Lunatic asylums Punjab 1911-1921 - 1911-1921
Year: 1911
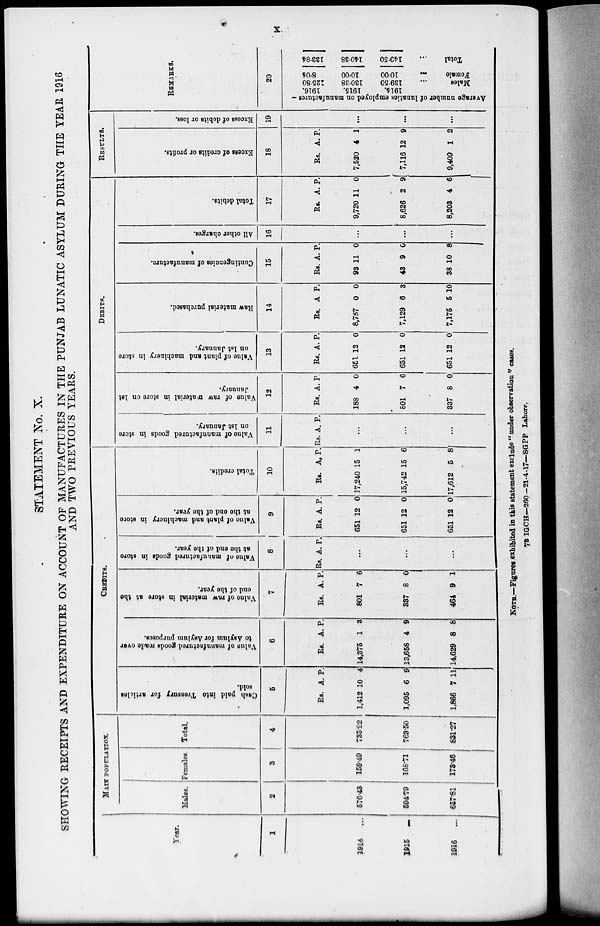
x
STATEMENT No. X.
SHOWING RECEIPTS AND EXPENDITURE ON ACCOUNT OF MANUFACTURES IN THE PUNJAB LUNATIC ASYLUM DURING THE YEAR 1916
AND TWO PREVIOUS YEARS.
Year.
1
1914
...
1915 ...
1916 ...
MAIN POPULATION.
Males.
2
576.43
594.79
657.81
Females.
3
159.49
168.71
173.46
Total.
4
735.92
763.50
831.27
CREDITS
Cash paid into Treasury
for articles
sold.
5
Rs.
1,412
1,095
1,866
A.
10
6
7
P.
4
9
11
Value of manufactured goods made over
to Asylum for Asylum purposes.
6
Rs.
14,375
13,658
14,629
A.
1
4
8
P.
3
9
8
Value of raw material in store at the
end
of the year.
7
Rs.
801
337
464
A.
7
8
9
P.
6
0
1
Value of manufactured goods in store
at the end of the year.
8
Rs. A. P.
...
...
...
Value of plant and machinery in store
at the end of the year.
9
Rs.
651
651
651
A.
12
12
12
P.
0
0
0
Total credits.
10
Rs.
17,240
15,742
17,612
A.
15
15
5
P.
1
6
8
DEBITS.
Value of manufactured goods in store
on 1st January.
11
Rs. A. P.
...
...
...
Value of raw material in store on 1st
January.
12
Rs.
188
801
337
A.
4
7
8
P.
0
6
0
Value of plant and machinery in store
on 1st January.
13
Rs.
651
651
651
A
12
12
12
P.
0
0
0
Raw material purchased.
14
Rs.
8,787
7,129
7,175
A.
0
6
5
P.
0
3
10
Contingencies of manufacture.
15
Rs.
93
43
38
A.
11
9
10
P.
0
0
8
All other charges.
16
...
...
...
Total debits.
17
Rs.
9,720
8,626
8,203
A.
11
2
4
P.
0
9
6
RESULTS.
Excess of credits or profits.
18
Rs.
7,520
7,116
9,409
A.
4
12
1
P.
1
9
2
Excess of debits or loss.
19
...
...
...
REMARKS.
20
Ave r
a ge n u mb e r of l
unat i
cs e mp l o y e d on m a n u f a c t u r e s -
Males
...
Females ...
Total ...
1914.
139.50
10.00
149.50
1915.
130.38
10.00
140.38
1916.
125.80 8.04
133.84
NOTE.––Figures exhi bi t ed in this s t at ement exclude "under observation '' cases.
73 IGCH—260— 21-4-17— SGPP Lahore.